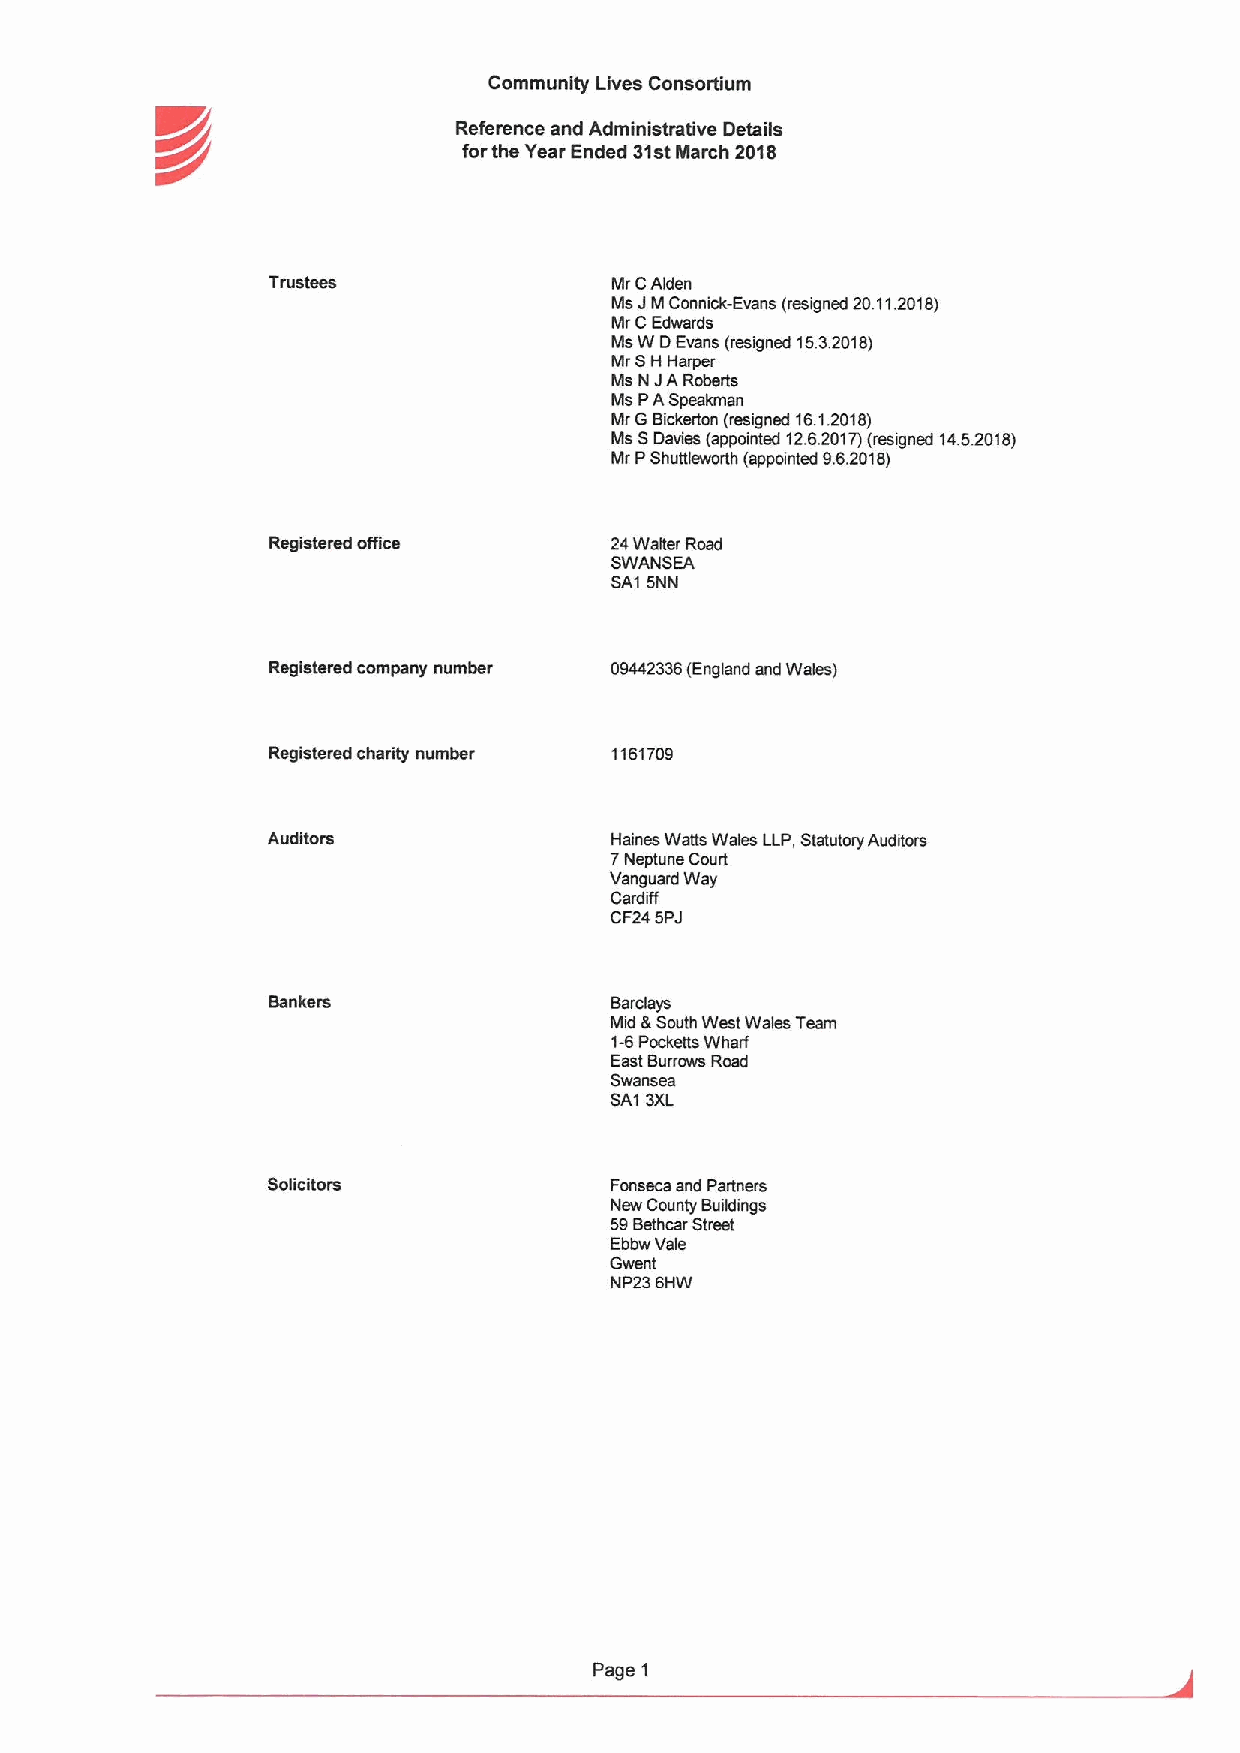
Community Lives Consortium
 K//                 Reference and Administrative Details
 forthe Year Ended 31stMarch 2018
 Tfilstees              MrCAidan
 MsJ MConnick-Evans (resigned 20.11.2018)
 Mr CEdwards
 MsW DEvans (resigned 15.3.2018)
 Mr SH Harper
 Ms N JARoberts
 Ms PASpeakman
 MrGBickerton (resigned 16.1.2018)
 Ms SDevice (appointed 12.6.2017)(resigned 14.5.2018)
 Mr PShuttleworth (appointed 9.6.2018)
 Registered office     24Walter Road
 SWANSEA
 SA1 5NN
 Registered company number 09442336(England and Wales)
 Registered charity number 1161709
 Auditors              Haines Watts Wales LLP,Statutory Auditors
 7Neptune Court
 Vanguard Way
 Cardiff
 CF245PJ
 Bankers               Barclays
 Mid &South West Wales Team
 1-6Pocketts Wharf
 East Burrows Road
 Swansea
 SA1 3XL
 Solicitors            Fonseca and Partners
 New County Buildings
 59Bethcar Street
 Ebbw Vale
 Gwant
 NP23 6HW
 Page 1